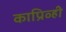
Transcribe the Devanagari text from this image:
काप्रिव्ही